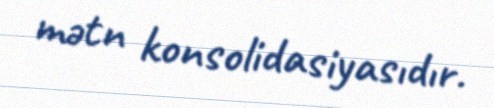
mətn konsolidasiyasıdır.